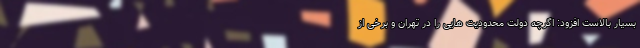
بسیار بالاست افزود: اگرچه دولت محدودیت هایی را در تهران و برخی از